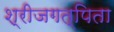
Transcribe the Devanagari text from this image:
श्रीजगत्पिता